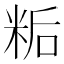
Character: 𬖙